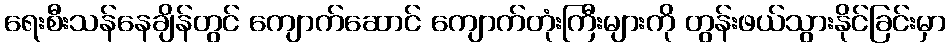
ရေးစီးသန်နေချိန်တွင် ကျောက်ဆောင် ကျောက်တုံးကြီးများကို တွန်းဖယ်သွားနိုင်ခြင်းမှာ